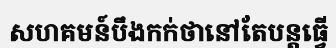
សហគមន៍បឹងកក់ថានៅតែបន្តធ្វើ